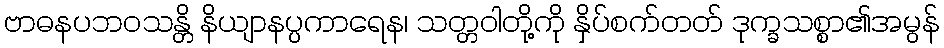
ဗာဓနပဘဝသန္တိ နိယျာနပ္ပကာရေန၊ သတ္တဝါတို့ကို နှိပ်စက်တတ် ဒုက္ခသစ္စာ၏အမွန်